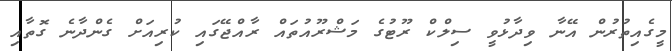
މީގެއިތުރުން އޭނާ ވިދާޅުވީ ސިލްކް ރޫޓުގެ މަޝްރޫއުތައް ރާއްޖޭގައި ކުރިއަށް ގެންދާނެ ގޮތާއި